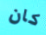
كان